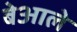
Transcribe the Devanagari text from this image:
बेआले